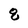
Character: 8